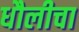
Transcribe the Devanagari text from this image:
धौलीचा